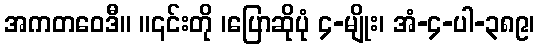
အကတဝေဒီ။ ။၎င်းတို ၊ပြောဆိုပုံ ၄-မျိုး၊ အံ-၄-ပါ-၃၈၉၊